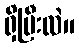
ရှိပြီးလဲ။